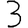
Digit: 3